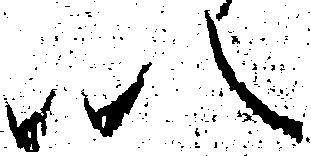
以